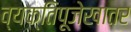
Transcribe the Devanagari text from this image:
व्यक्तिपूजेखातर